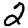
Digit: 2